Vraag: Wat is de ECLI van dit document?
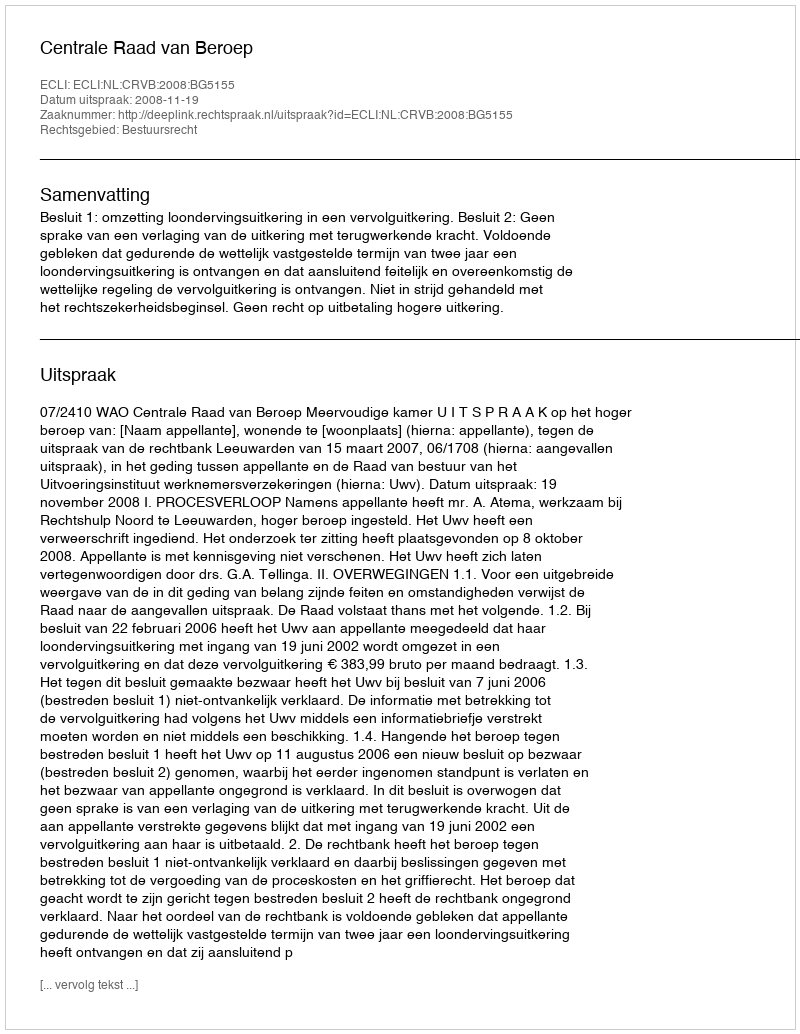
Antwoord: ECLI:NL:CRVB:2008:BG5155